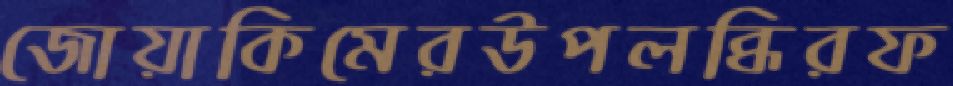
জোয়াকিমেরউপলব্ধিরফ